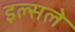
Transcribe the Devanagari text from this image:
इल्सले